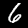
Digit: 6